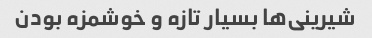
شیرینی‌ها بسیار تازه و خوشمزه بودن